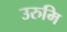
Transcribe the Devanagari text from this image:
उरुमि